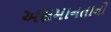
અસમાનતાનો